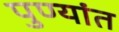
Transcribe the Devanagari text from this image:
पुण्यांत